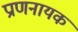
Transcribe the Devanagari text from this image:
प्राणनायक